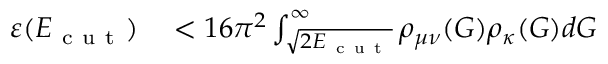
\begin{array} { r l } { \varepsilon ( E _ { \mathrm { ~ c ~ u ~ t ~ } } ) } & { { } < 1 6 \pi ^ { 2 } \int _ { \sqrt { 2 E _ { \mathrm { ~ c ~ u ~ t ~ } } } } ^ { \infty } \rho _ { \mu \nu } ( G ) \rho _ { \kappa } ( G ) d G } \end{array}